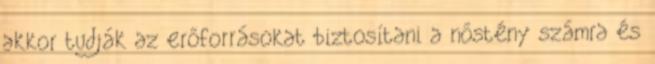
akkor tudják az erőforrásokat biztosítani a nőstény számra és